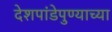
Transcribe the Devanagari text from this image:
देशपांडेपुण्याच्या